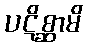
ပဋိစ္ဆာမိ